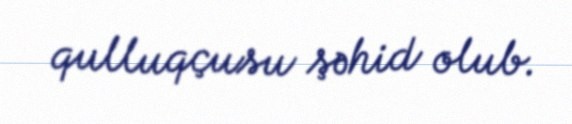
qulluqçusu şəhid olub.